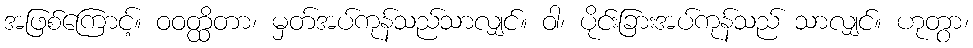
အဖြစ်ကြောင့်။ ဝဝတ္ထိတာ၊ မှတ်အပ်ကုန်သည်သာလျှင်။ ဝါ၊ ပိုင်းခြားအပ်ကုန်သည် သာလျှင်။ ဟုတွာ၊